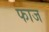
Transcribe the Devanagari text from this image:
फाज